Report of the Indian Hemp Drugs Commission, 1894-1895 - Volume VII
Year: 1894
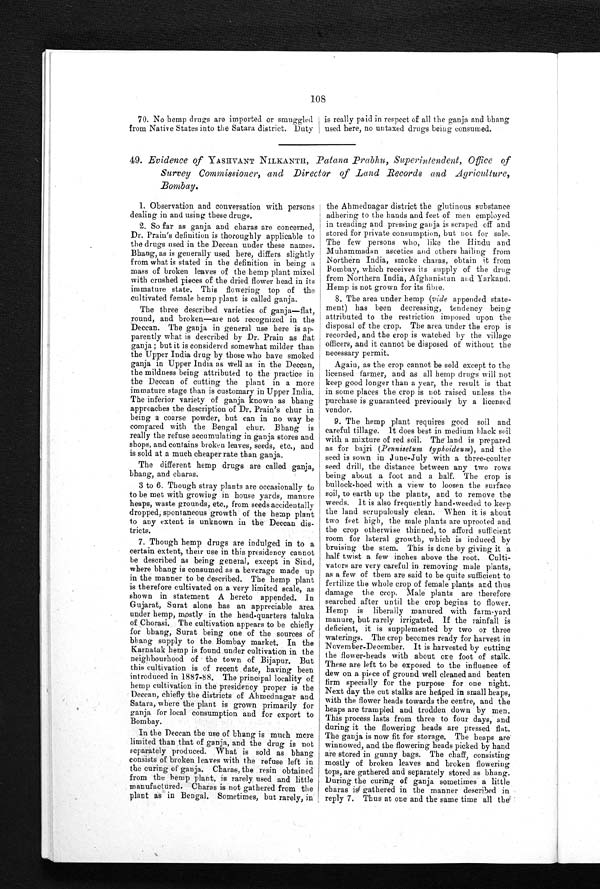
108
70. No hemp drugs are imported or smuggled
from Native States into the Satara district. Duty
is really paid in respect of all the ganja
and-bhang
used here, no untaxed drugs being consumed.
4 9
. E v i d e n c e o f
Y A S H V A N T
N I L K A N T H ,P
a t a n a
P r a b h u , S u p e r i n t e n d e n t , O f f i c e o f
Survey Commissioner, and Director of Land Records and Agriculture,
Bombay.
1. Observation and conversation with persons
dealing in and using these drugs.
2. So far as ganja and charas are concerned,
Dr. Prain's definition is thoroughly applicable to
the drugs used in the Deccan under these names.
Bhang, as is generally used here, differs slightly
from what is stated in the definition in being a
mass of broken leaves of the hemp plant mixed
with crushed pieces of the dried flower head in its
immature state. This flowering top of the
cultivated female hemp plant is called ganja.
The three described varieties of ganja—flat,
round, and broken—are not recognized in the
Deccan. The ganja in general use here is ap-
parently what is described by Dr. Prain as flat
ganja; but it is considered somewhat milder than
the Upper India drug by those who have smoked
ganja in Upper India as well as in the Deccan,
the mildness being attributed to the practice in
the Deccan of cutting the plant in a more
immature stage than is customary in Upper India.
The inferior variety of ganja known as bhang
approaches the description of Dr. Prain's chur in
being a coarse powder, but can in no way be
compared with the Bengal chur. Bhang is
really the refuse accumulating in ganja stores and
shops, and contains broken leaves, seeds, etc., and
is sold at a much cheaper rate than ganja.
The different hemp drugs are called ganja,
b h a n g , a n d c h a r a s .
3 to 6. Though stray plants are occasionally to
to be met with growing in house yards, manure
heaps, waste grounds, etc., from seeds accidentally
dropped, spontaneous growth of the hemp plant
to any extent is unknown in the Deccan dis
-
tricts.
7. Though hemp drugs are indulged in to a
certain extent, their use in this presidency cannot
be described as being general, except in Sind,
where bhang is consumed as a beverage made up
in the manner to be described. The hemp plant
is therefore cultivated on a very limited scale, as
shown in statement A hereto appended. In
Gujarat, Surat alone has an appreciable area
under hemp, mostly in the head-quarters taluka
of Chorasi. The cultivation appears to be chiefly
for bhang, Surat being one of the sources of
bhang supply to the Bombay market. In the
Karnatak hemp is found under cultivation in the
neighbourhood of the town of Bijapur. But
this cultivation is of recent date, having been
introduced in 1887-88. The principal locality of
hemp cultivation in the presidency proper is the
Deccan, chiefly the districts of Ahmednagar and
Satara, where the plant is grown primarily for
ganja for local consumption and for export to
Bombay.
In the Deccan the use of bhang is much more
limited than that of ganja, and the drug is not
separately produced. What is sold as bhang
consists of broken leaves with the refuse left in
the curing of ganja. Charas, the resin obtained
from the hemp plant, is rarely used and little
manufactured. Charas is not gathered from the
plant as in Bengal. Sometimes, but rarely, in
the Ahmednagar district the glutinous substance
adhering to the hands and feet of men employed
in treading and pressing ganja is scraped off and
stored for private consumption, but not for sale.
The few persons who, like the Hindu and
Muhammadan ascetics and others hailing from
Northern India, smoke charas, obtain it from
Bombay, which receives its supply of the drug
from Northern India, Afghanistan and Yarkand.
Hemp is not grown for its fibre.
8. The area under hemp ( vide appended state
-
ment) has been decreasing, tendency being
attributed to the restriction imposed upon the
disposal of the crop. The area under the crop is
recorded, and the crop is watched by the village
officers, and it cannot be disposed of without the
necessary permit.
Again, as the crop cannot be sold except to the
licensed farmer, and as all hemp drugs will not
keep good longer than a year, the result is that
in some places the crop is not raised unless the
purchase is guaranteed previously by a licensed
vendor.
9. The hemp plant requires good soil and
careful tillage. It does best in medium black soil
with a mixture of red soil. The land is prepared
as for bajri ( Pennisetum typhoideum), and the
seed is sown in June-July with a three-coulter
seed drill, the distance between any two rows
being about a foot and a half. The crop is
bullock-hoed with a view to loosen the surface
soil, to earth up the plants, and to remove the
weeds. It is also frequently hand-weeded to keep
the land scrupulously clean. When it is about
two feet high, the male plants are uprooted and
the crop otherwise thinned, to afford sufficient
room for lateral growth, which is induced by
bruising the stem. This is done by giving it a
half twist a few inches above the root. Culti
-
vators are very careful in removing male plants,
as a few of them are said to be quite sufficient to
fertilize the whole crop of female plants and thus
damage the crop. Male plants are therefore
searched after until the crop begins to flower.
Hemp is liberally manured with farm-yard
manure, but rarely irrigated. If the rainfall is
deficient, it is supplemented by two or three
waterings. The crop becomes ready for harvest in
November-December. It is harvested by cutting
the flower-heads with about ore foot of stalk.
These are left to be exposed to the influence of
dew on a piece of ground well cleaned and beaten
firm specially for the purpose for one night.
Next day the cut stalks are heaped in small heaps,
with the flower heads towards the centre, and the
heaps are trampled and trodden down by men.
This process lasts from three to four days, and
during it the flowering heads are pressed flat.
The ganja is now fit for storage. The heaps are
winnowed, and the flowering heads picked by hand
are stored in gunny bags. The chaff, consisting
mostly of broken leaves and broken flowering
tops, are gathered and separately stored as bhang
.
During the curing of ganja sometimes a little
charas is gathered in the manner described in
reply 7. Thus at one and the same time all the